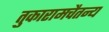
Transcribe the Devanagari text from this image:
तुकारामचैतन्य